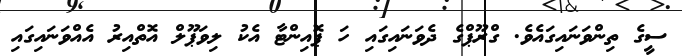
ސީގެ ތިންވަނައިގައެވެ. ގްރޫޕްގެ ދެވަނައިގައި ހަ ޕޮއިންޓާ އެކު ލިވަޕޫލް އޮތްއިރު އެއްވަނައިގައި